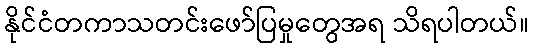
နိုင်ငံတကာသတင်းဖော်ပြမှုတွေအရ သိရပါတယ်။